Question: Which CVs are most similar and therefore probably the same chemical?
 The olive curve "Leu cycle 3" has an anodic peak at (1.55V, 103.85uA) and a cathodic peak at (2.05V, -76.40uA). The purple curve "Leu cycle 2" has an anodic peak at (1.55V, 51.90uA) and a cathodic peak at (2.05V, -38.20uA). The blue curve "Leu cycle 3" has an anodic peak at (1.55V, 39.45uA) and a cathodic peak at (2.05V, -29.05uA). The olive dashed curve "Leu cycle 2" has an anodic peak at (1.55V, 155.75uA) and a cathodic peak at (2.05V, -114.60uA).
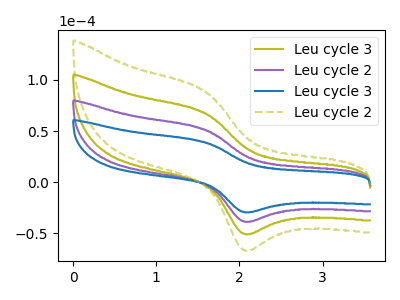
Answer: <think>All the peaks in "Leu cycle 3" have a peak in "Leu cycle 2" at the same potential. Every peak in "Leu cycle 3" is higher than every peak in "Leu cycle 2". All the peaks in "Leu cycle 3" have a peak in "Leu cycle 3" at the same potential. Every peak in "Leu cycle 3" is higher than every peak in "Leu cycle 3". All the peaks in "Leu cycle 3" have a peak in "Leu cycle 2" at the same potential. Every peak in "Leu cycle 3" is lower than every peak in "Leu cycle 2". All the peaks in "Leu cycle 2" have a peak in "Leu cycle 3" at the same potential. Every peak in "Leu cycle 2" is higher than every peak in "Leu cycle 3". All the peaks in "Leu cycle 2" have a peak in "Leu cycle 2" at the same potential. Every peak in "Leu cycle 2" is lower than every peak in "Leu cycle 2". All the peaks in "Leu cycle 3" have a peak in "Leu cycle 2" at the same potential. Every peak in "Leu cycle 3" is lower than every peak in "Leu cycle 2".
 </think>
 <answer>"Leu cycle 3", "Leu cycle 3", "Leu cycle 2" and "Leu cycle 2" have the same shape and are likely CV's of the same chemical.</answer>
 <eval>"Leu cycle 3" "Leu cycle 3" "Leu cycle 2" "Leu cycle 2"</eval>